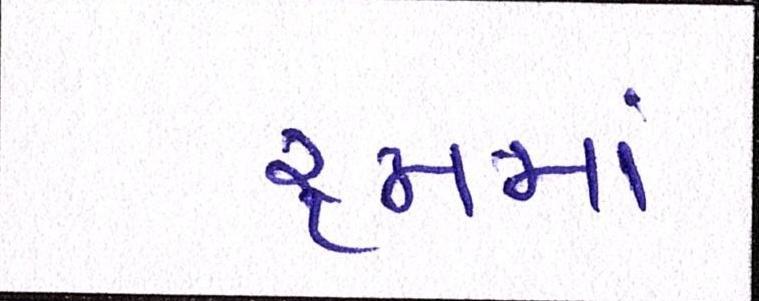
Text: રૃમમાં